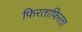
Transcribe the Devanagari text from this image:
फिरताफिरता